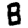
Digit: 8